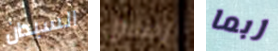
السيدان إطلاق ربما